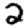
Digit: 2